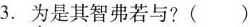
3.为是其智弗若与?( )